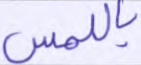
باللمس